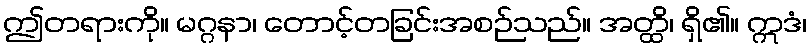
ဤတရားကို။ မဂ္ဂနာ၊ တောင့်တခြင်းအစဉ်သည်။ အတ္ထိ၊ ရှိ၏။ ဣဒံ၊